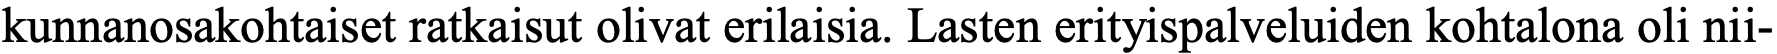
kunnanosakohtaiset ratkaisut olivat erilaisia. Lasten erityispalveluiden kohtalona oli nii-